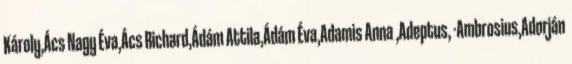
Károly,Ács Nagy Éva,Ács Richard,Ádám Attila,Ádám Éva,Adamis Anna ,Adeptus, -Ambrosius,Adorján